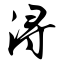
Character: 浔